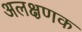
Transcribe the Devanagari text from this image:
अलक्षणक